Report on the working of the mental hospitals for Indians in Bihar and Orissa - 1925-1929
Year: 1925
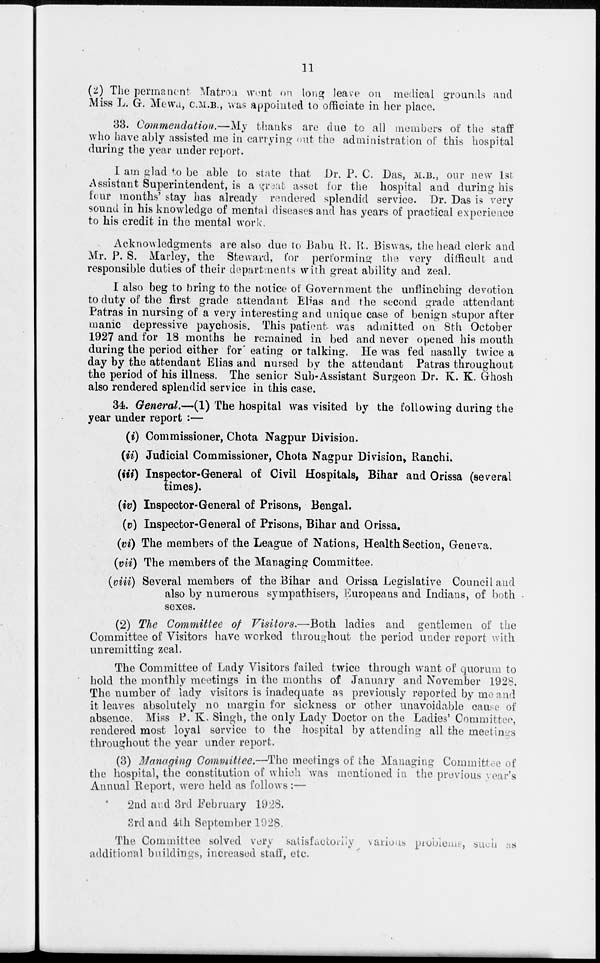
11
(2) The permanent Matron went on long leave on medical grounds and
Miss L. G. Mewa, C.M.B., was appointed to officiate in her place.
33. Commendation.—My thanks are due to all members of the staff
who have ably assisted me in carrying out the administration of this hospital
during the year under report.
I am glad to be able to state that Dr. P. C. Das, M.B., our new 1st
Assistant Superintendent, is a great asset for the hospital and during his
four months' stay has already rendered splendid service. Dr. Das is very
sound in his knowledge of mental diseases and has years of practical experience
to his credit in the mental work.
Acknowledgments are also due to Babu R. R. Biswas, the head clerk and
Mr. P. S. Marley, the Steward, for performing: the very difficult and
responsible duties of their departments with great ability and zeal.
I also beg to bring to the notice of Government the unflinching devotion
to duty of the first grade attendant Elias and the second grade attendant
Patras in nursing of a very interesting and unique case of benign stupor after
manic depressive paychosis. This patient was admitted on 8th October
1927 and for 18 months he remained in bed and never opened his mouth
during the period either for eating or talking. He was fed nasally twice a
day by the attendant Elias and nursed by the attendant Patras throughout
the period of his illness. The senior Sub-Assistant Surgeon Dr. K. K. Ghosh
also rendered splendid service in this case.
34. General.—(1) The hospital was visited by the following during the
year under report :—
(i) Commissioner, Chota Nagpur Division.
(ii) Judicial Commissioner, Chota Nagpur Division, Ranchi.
(iii) Inspector-General of Civil Hospitals, Bihar and Orissa (several
times).
(iv) Inspector-General of Prisons, Bengal.
(v) Inspector-General of Prisons, Bihar and Orissa.
(vi) The members of the League of Nations, Health Section, Geneva.
(vii) The members of the Managing Committee.
(viii) Several members of the Bihar and Orissa Legislative Council and
also by numerous sympathisers, Europeans and Indians, of both
sexes.
(2) The Committee of Visitors.—Both ladies and gentlemen of the
Committee of Visitors have worked throughout the period under report with
unremitting zeal.
The Committee of Lady Visitors failed twice through want of quorum to
hold the monthly meetings in the months of January and November 1928.
The number of lady visitors is inadequate as previously reported by me and
it leaves absolutely no margin for sickness or other unavoidable cause of
absence. Miss P. K. Singh, the only Lady Doctor on the Ladies' Committee,
rendered most loyal service to the hospital by attending all the meetings
throughout the year under report.
(3) Managing Committee.—The meetings of the Managing Committee of
the hospital, the constitution of which was mentioned in the previous year's
Annual Report, were held as follows:—
2nd and 3rd February 1928.
3rd and 4th September 1928.
The Committee solved very satisfactorily various problems, such as
additional buildings, increased staff, etc.